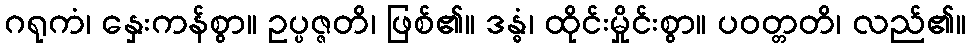
ဂရုကံ၊ နှေးကန်စွာ။ ဥပ္ပဇ္ဇတိ၊ ဖြစ်၏။ ဒန္ဓံ၊ ထိုင်းမှိုင်းစွာ။ ပဝတ္တတိ၊ လည်၏။